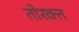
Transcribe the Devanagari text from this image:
तोरक्त